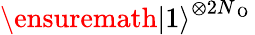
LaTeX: \ensuremath{\lvert{1}\rangle}^{\otimes 2N_{\mathrm{~O~}}}